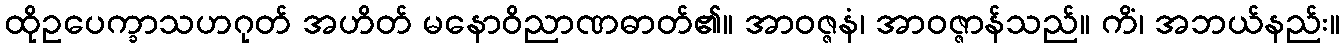
ထိုဥပေက္ခာသဟဂုတ် အဟိတ် မနောဝိညာဏဓာတ်၏။ အာဝဇ္ဇနံ၊ အာဝဇ္ဇာန်သည်။ ကိံ၊ အဘယ်နည်း။